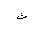
Letter: _tha